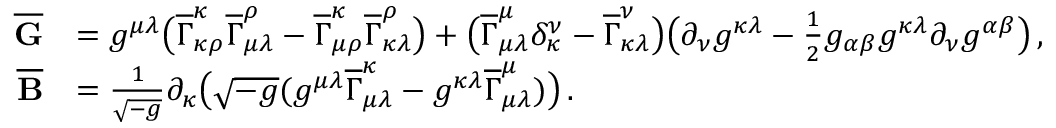
\begin{array} { r l } { \overline { { \mathbf { G } } } } & { = g ^ { \mu \lambda } \big ( \overline { { \Gamma } } _ { \kappa \rho } ^ { \kappa } \overline { { \Gamma } } _ { \mu \lambda } ^ { \rho } - \overline { { \Gamma } } _ { \mu \rho } ^ { \kappa } \overline { { \Gamma } } _ { \kappa \lambda } ^ { \rho } \big ) + \big ( \overline { { \Gamma } } _ { \mu \lambda } ^ { \mu } \delta _ { \kappa } ^ { \nu } - \overline { { \Gamma } } _ { \kappa \lambda } ^ { \nu } \big ) \big ( \partial _ { \nu } g ^ { \kappa \lambda } - \frac { 1 } { 2 } g _ { \alpha \beta } g ^ { \kappa \lambda } \partial _ { \nu } g ^ { \alpha \beta } \big ) \, , } \\ { \overline { { \mathbf { B } } } } & { = \frac { 1 } { \sqrt { - g } } \partial _ { \kappa } \big ( \sqrt { - g } ( g ^ { \mu \lambda } \overline { { \Gamma } } _ { \mu \lambda } ^ { \kappa } - g ^ { \kappa \lambda } \overline { { \Gamma } } _ { \mu \lambda } ^ { \mu } ) \big ) \, . } \end{array}